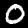
Digit: 0